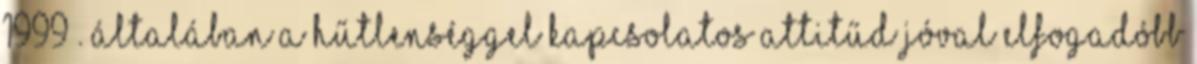
1999 . Általában a hűtlenséggel kapcsolatos attitűd jóval elfogadóbb